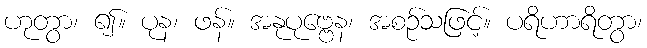
ဟုတွာ၊ ၍။ ပုန၊ ဖန်။ အနုပုဗ္ဗေန၊ အစဉ်သဖြင့်။ ပရိဟာရိတွာ၊